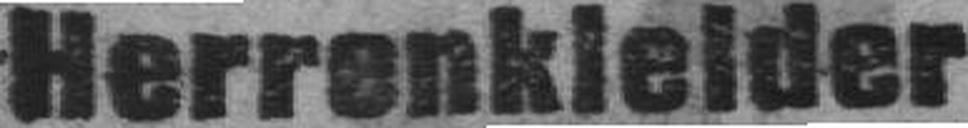
Herrenkleider